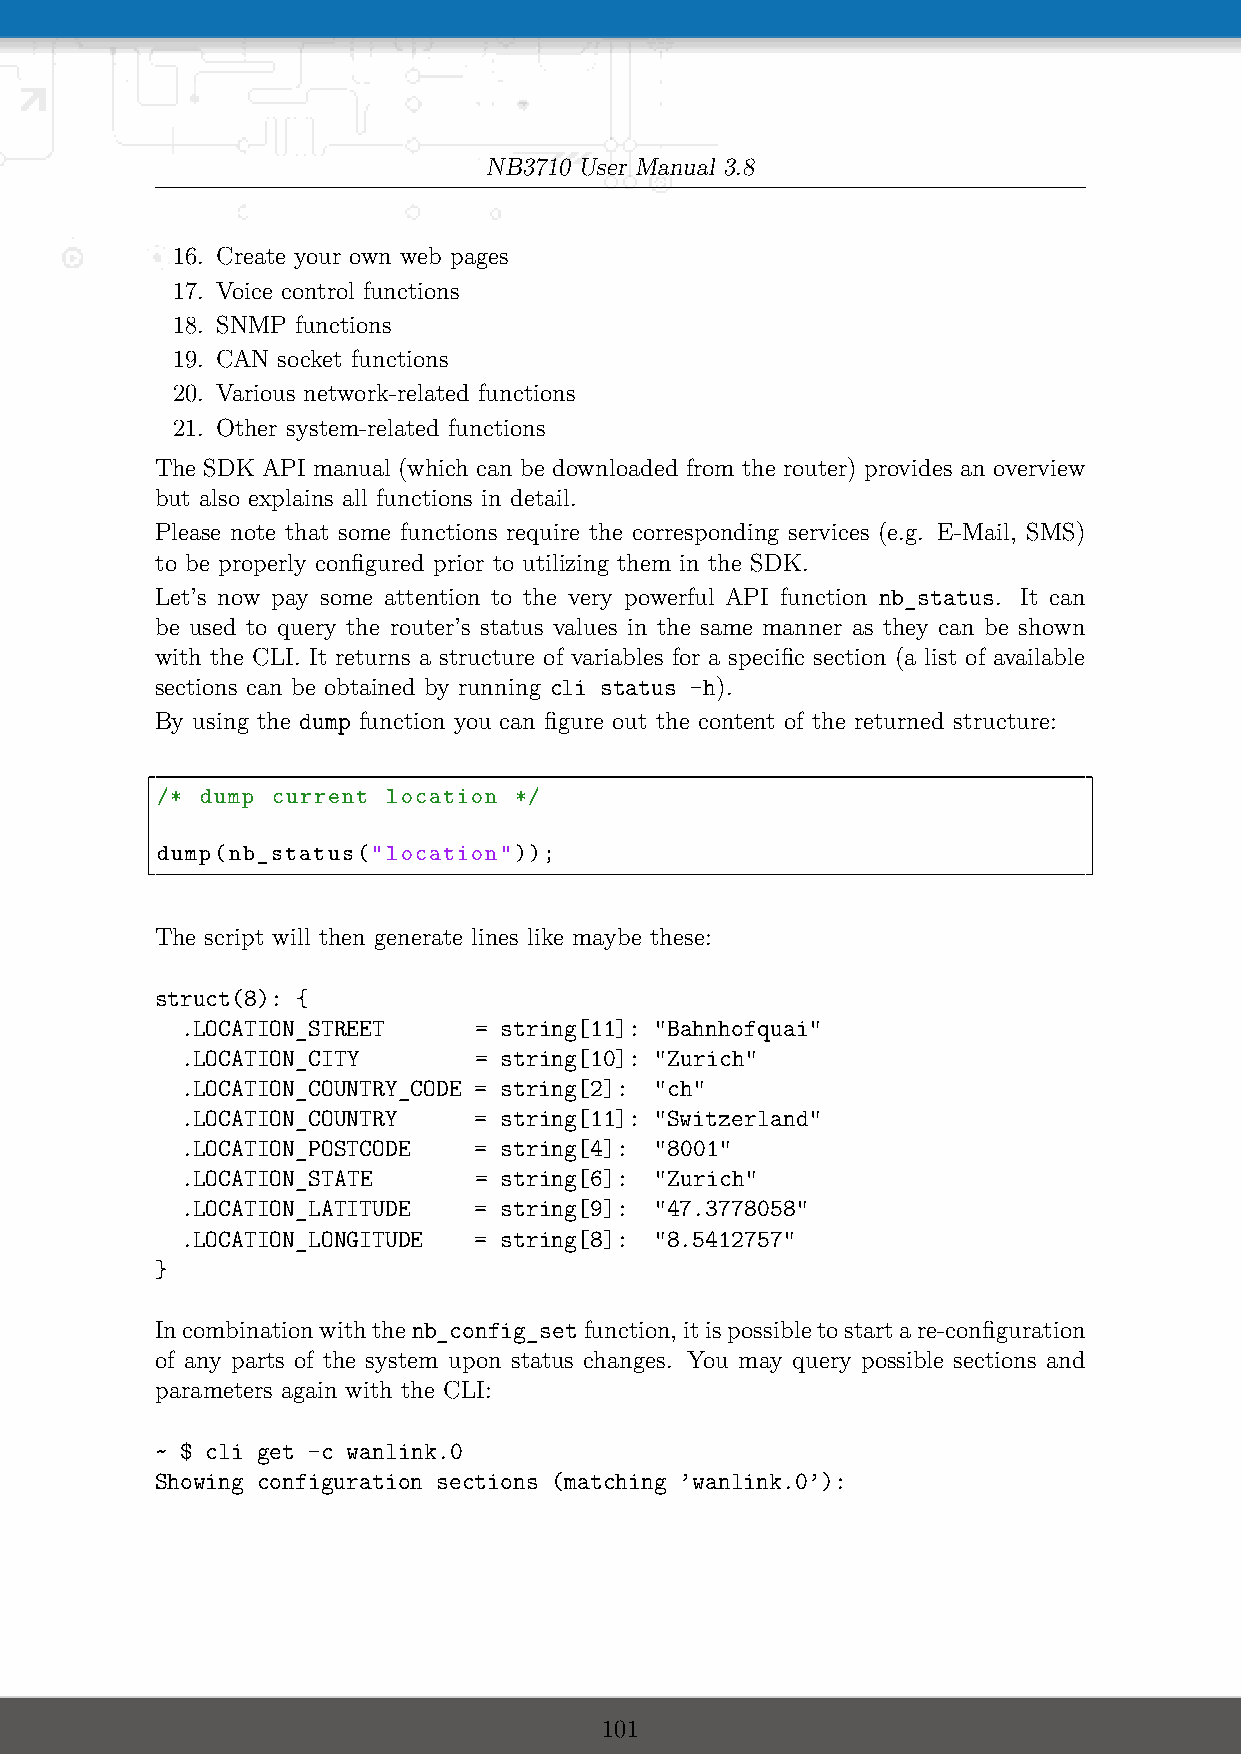
NB3710 User Manual 3.8
 16. Create your own web pages
 17. Voice control functions
 18. SNMP functions
 19. CAN socket functions
 20. Various network-related functions
 21. Other system-related functions
 The SDK API manual (which can be downloaded from the router) provides an overview
 but also explains all functions in detail.
 Please note that some functions require the corresponding services (e.g. E-Mail, SMS)
 to be properly configured prior to utilizing them in the SDK.
 Let’s now pay some attention to the very powerful API function nb_status. It can
 be used to query the router’s status values in the same manner as they can be shown
 with the CLI. It returns a structure of variables for a specific section (a list of available
 sections can be obtained by running cli status -h).
 By using the dump function you can figure out the content of the returned structure:
 /* dump current location */
 dump(nb_status("location"));
 The script will then generate lines like maybe these:
 struct(8): {
 .LOCATION_STREET   = string[11]: "Bahnhofquai"
 .LOCATION_CITY     = string[10]: "Zurich"
 .LOCATION_COUNTRY_CODE = string[2]: "ch"
 .LOCATION_COUNTRY  = string[11]: "Switzerland"
 .LOCATION_POSTCODE = string[4]: "8001"
 .LOCATION_STATE    = string[6]: "Zurich"
 .LOCATION_LATITUDE = string[9]: "47.3778058"
 .LOCATION_LONGITUDE = string[8]: "8.5412757"
 }
 Incombinationwiththenb_config_setfunction,itispossibletostartare-configuration
 of any parts of the system upon status changes. You may query possible sections and
 parameters again with the CLI:
 ~ $ cli get -c wanlink.0
 Showing configuration sections (matching ’wanlink.0’):
 101